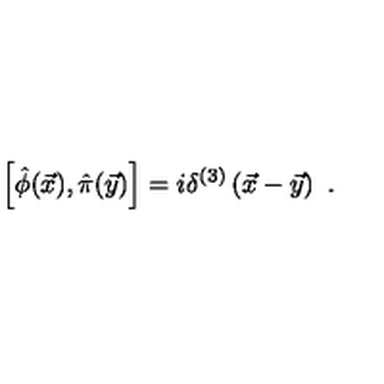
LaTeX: \left[ \hat { \phi } ( \vec { x } ) , \hat { \pi } ( \vec { y } ) \right] = i \delta ^ { ( 3 ) } \left( \vec { x } - \vec { y } \right) \ .